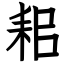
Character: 耜